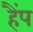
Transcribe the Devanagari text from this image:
हैंप